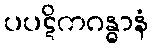
ပပဋိကဂန္ဓာနံ